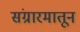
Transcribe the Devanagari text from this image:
संग्रारमातून